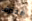
محترف